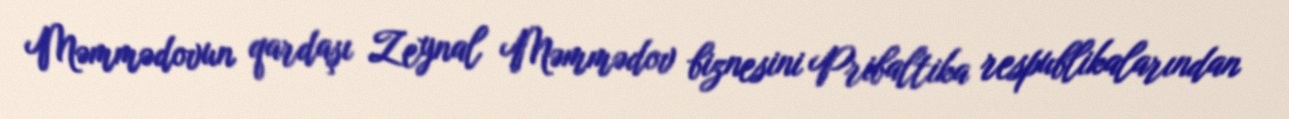
Məmmədovun qardaşı Zeynal Məmmədov biznesini Pribaltika respublikalarından